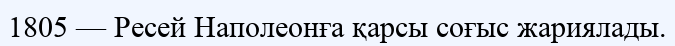
1805 — Ресей Наполеонға қарсы соғыс жариялады.